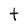
Character: t